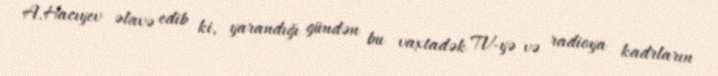
A.Hacıyev əlavə edib ki, yarandığı gündən bu vaxtadək TV-yə və radioya kadrların